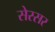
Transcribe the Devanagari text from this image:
सेरसर